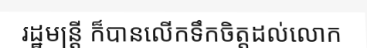
រដ្ឋមន្ត្រី ក៏បានលើកទឹកចិត្តដល់លោក